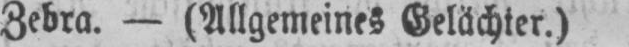
Zebra. - (Allgemeines Gelächter.)